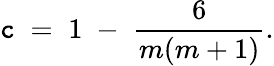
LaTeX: \mathtt{c}\; =\; 1\; -\; \frac{{6}}{{m(m+1)}}.